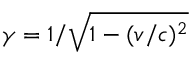
\gamma = 1 / \sqrt { 1 - ( v / c ) ^ { 2 } }